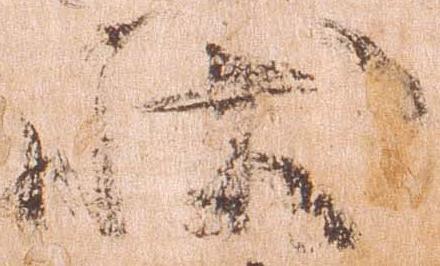
状